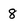
Character: 8